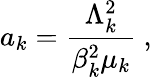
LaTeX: a_{k}=\frac{\Lambda_{k}^{2}}{\beta_{k}^{2}\mu_{k}}\ ,